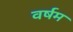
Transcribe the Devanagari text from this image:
वर्षम